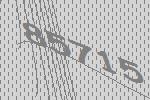
85715